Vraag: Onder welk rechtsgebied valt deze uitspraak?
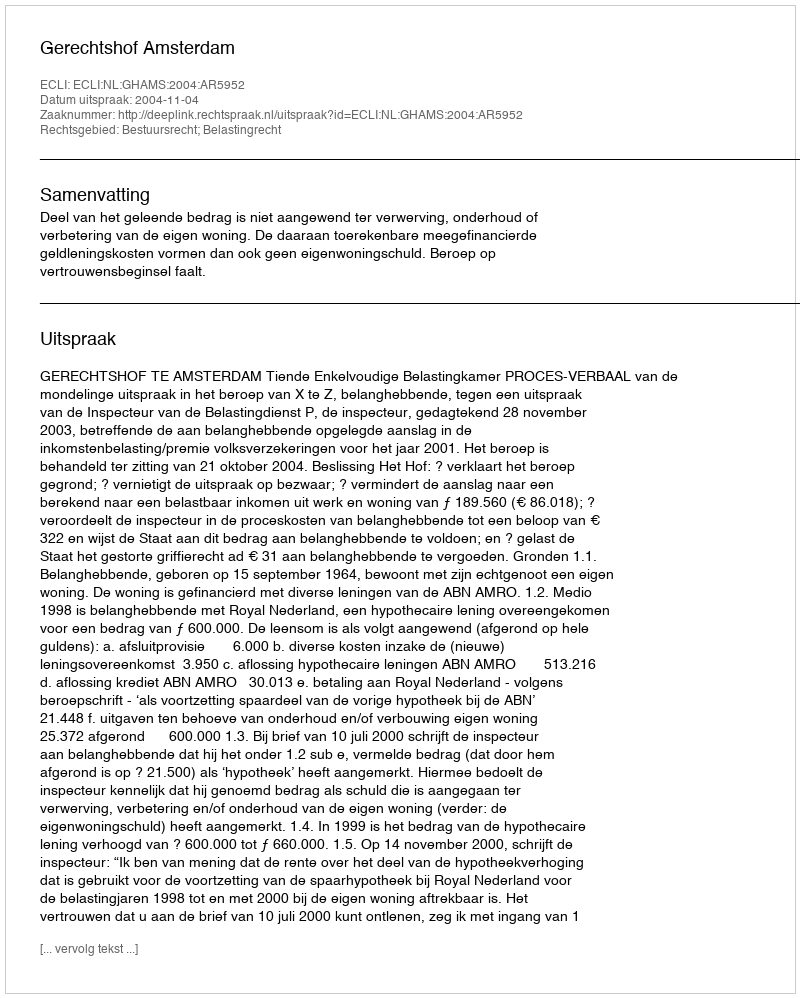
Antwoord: Bestuursrecht; Belastingrecht